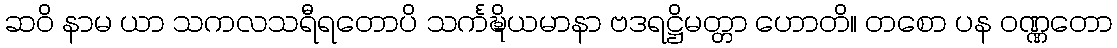
ဆဝိ နာမ ယာ သကလသရီရတောပိ သင်္ကဍ္ဎိယမာနာ ဗဒရဋ္ဌိမတ္တာ ဟောတိ။ တစော ပန ဝဏ္ဏတော